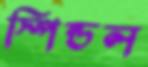
স্পিন্ডল